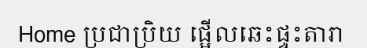
Home ប្រជាប្រិយ ផ្អើលឆេះផ្ទះតារា